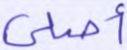
أصلي